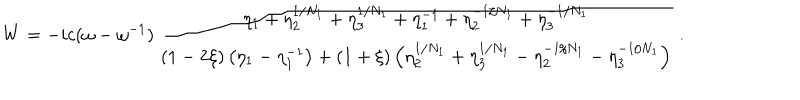
LaTeX: W = - i c ( \omega - \omega ^ { - 1 } ) \, { \frac { \eta _ { 1 } + \eta _ { 2 } ^ { 1 / N _ { 1 } } + \eta _ { 3 } ^ { 1 / N _ { 1 } } + \eta _ { 1 } ^ { - 1 } + \eta _ { 2 } ^ { - 1 / N _ { 1 } } + \eta _ { 3 } ^ { - 1 / N _ { 1 } } } { ( 1 - 2 \xi ) \left( \eta _ { 1 } - \eta _ { 1 } ^ { - 1 } \right) + ( 1 + \xi ) \left( \eta _ { 2 } ^ { 1 / N _ { 1 } } + \eta _ { 3 } ^ { 1 / N _ { 1 } } - \eta _ { 2 } ^ { - 1 / N _ { 1 } } - \eta _ { 3 } ^ { - 1 / N _ { 1 } } \right) } } \ .